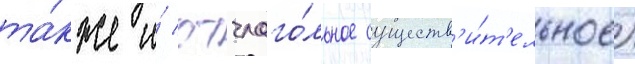
та́кже и́ отглаго́льное существ'и́т'ельное)